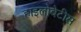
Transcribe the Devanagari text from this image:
हाइलोबेटीस